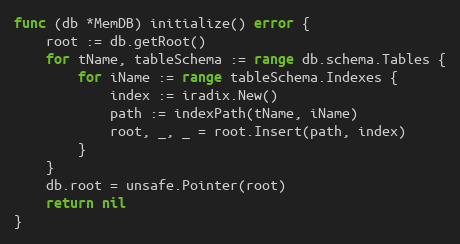
Language: Go
func (db *MemDB) initialize() error {
	root := db.getRoot()
	for tName, tableSchema := range db.schema.Tables {
		for iName := range tableSchema.Indexes {
			index := iradix.New()
			path := indexPath(tName, iName)
			root, _, _ = root.Insert(path, index)
		}
	}
	db.root = unsafe.Pointer(root)
	return nil
}